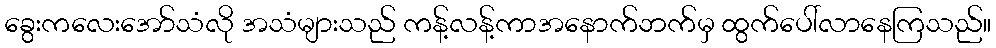
ခွေးကလေးအော်သံလို အသံများသည် ကန့်လန့်ကာအနောက်ဘက်မှ ထွက်ပေါ်လာနေကြသည်။